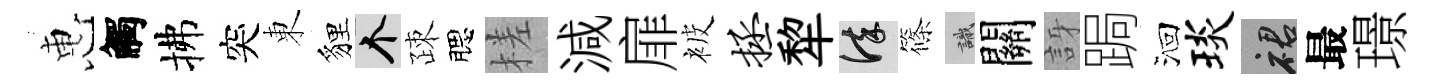
惠觸拂突東貍个疎腮槎減扉被拯犂謹篠識關訝跼洄琰裙最璟